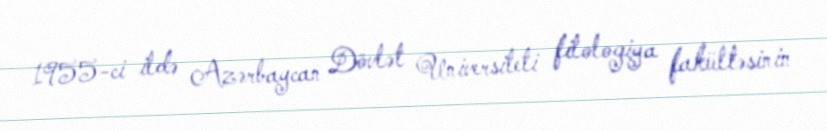
1955-ci ildə Azərbaycan Dövlət Universiteti filologiya fakültəsinin